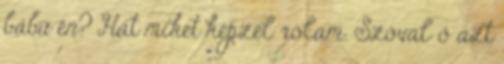
bábú én? Hát miket képzel rólam. Szóval ő azt